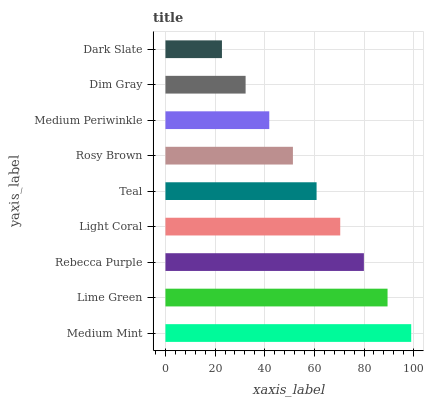
| yaxis_label | bars |
 | --- | --- |
 | Medium Mint | 99 |
 | Lime Green | 89.5 |
 | Rebecca Purple | 79.9 |
 | Light Coral | 70.4 |
 | Teal | 60.9 |
 | Rosy Brown | 51.3 |
 | Medium Periwinkle | 41.8 |
 | Dim Gray | 32.3 |
 | Dark Slate | 22.8 |